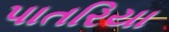
પાતરિયા